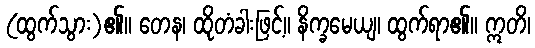
(ထွက်သွား)၏။ တေန၊ ထိုတံခါးဖြင့်။ နိက္ခမေယျ၊ ထွက်ရာ၏။ ဣတိ၊